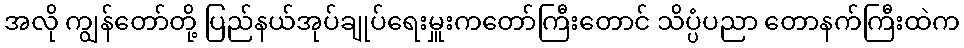
အလို ကျွန်တော်တို့ ပြည်နယ်အုပ်ချုပ်ရေးမှူးကတော်ကြီးတောင် သိပ္ပံပညာ တောနက်ကြီးထဲက